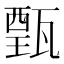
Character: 𤭾